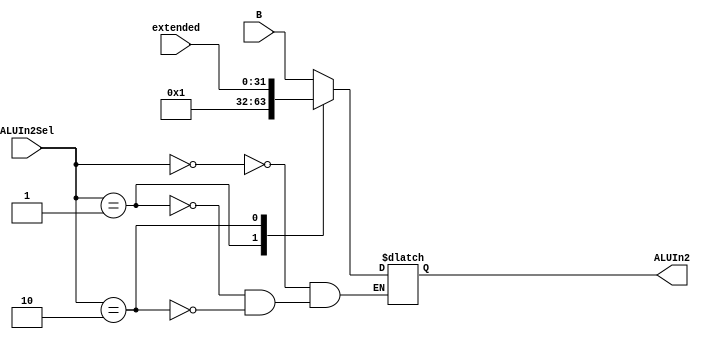
module Mux5(ALUIn2Sel,B,extended,ALUIn2);
input [31:0] B,extended;
input [2:0] ALUIn2Sel;
output reg [31:0] ALUIn2;
always @(*)
begin
case(ALUIn2Sel)
0: ALUIn2 = B;
1: ALUIn2 = 1;
2: ALUIn2 = extended;
endcase 
end
endmodule